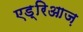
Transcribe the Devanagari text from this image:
एड्रिआज़